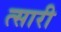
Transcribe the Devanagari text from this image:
त्सारी